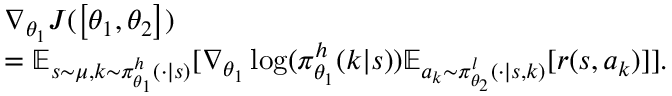
\begin{array} { r l } & { \nabla _ { \theta _ { 1 } } J ( \left[ \theta _ { 1 } , \theta _ { 2 } \right] ) } \\ & { = \mathbb { E } _ { s \sim \mu , k \sim \pi _ { \theta _ { 1 } } ^ { h } ( \cdot | s ) } [ \nabla _ { \theta _ { 1 } } \log ( \pi _ { \theta _ { 1 } } ^ { h } ( k | s ) ) \mathbb { E } _ { a _ { k } \sim \pi _ { \theta _ { 2 } } ^ { l } ( \cdot | s , k ) } [ r ( s , a _ { k } ) ] ] . } \end{array}